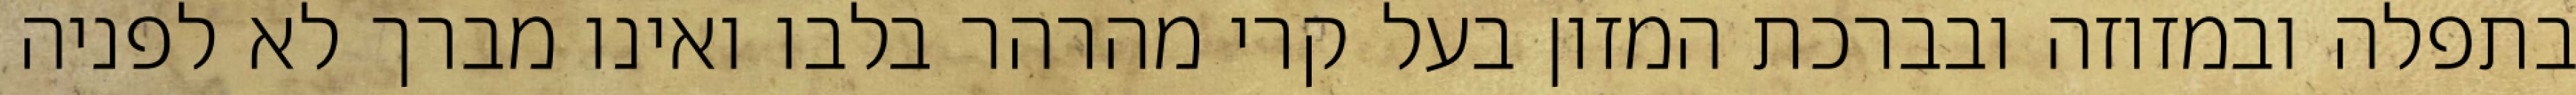
בתפלה ובמזוזה ובברכת המזון בעל קרי מהרהר בלבו ואינו מברך לא לפניה